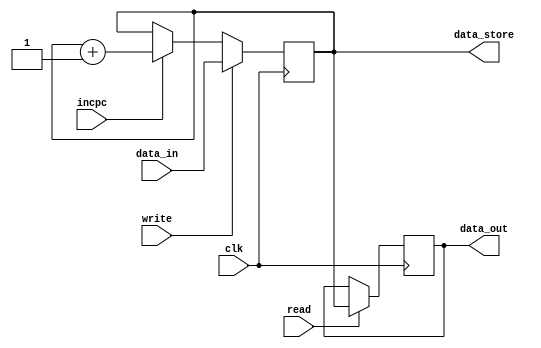
`timescale 1ns / 1ps
module PC
    (input clk,write,read,incpc,
    input [15:0] data_in,
    output reg [15:0] data_out,
    output reg [15:0] data_store);
       

    always @(negedge clk )
        begin 
            
            if (read) data_out <= data_store;
        end
     always @(posedge clk)
        begin
            if (write) data_store <= data_in;
            else if (incpc) data_store <= data_store + 1;
        end
endmodule